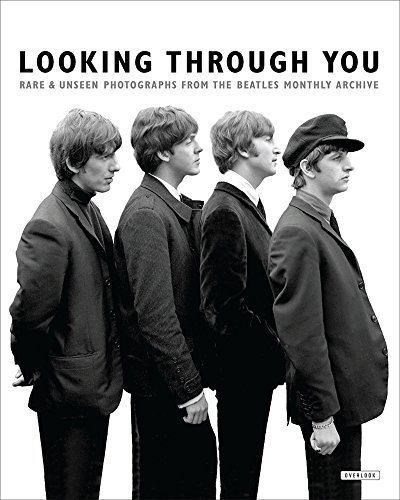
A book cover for Looking Through You: Rare & Unseen Photographs from The Beatles Book Archive; Arts & Photography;